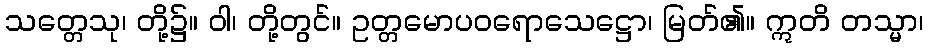
သတ္တေသု၊ တို့၌။ ဝါ၊ တို့တွင်။ ဥတ္တမောပဝရောသေဋ္ဌော၊ မြတ်၏။ ဣတိ တသ္မာ၊